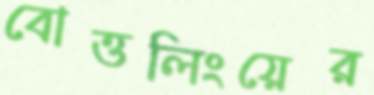
বোত্তলিংয়ের